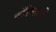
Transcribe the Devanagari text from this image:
काँग्रेसाची